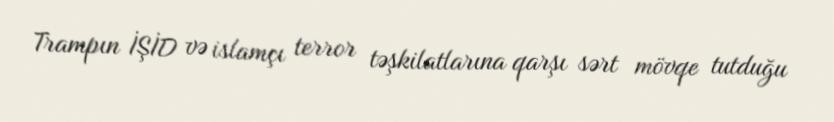
Trampın İŞİD və islamçı terror təşkilatlarına qarşı sərt mövqe tutduğu